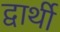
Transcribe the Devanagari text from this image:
द्वार्थी